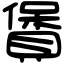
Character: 賲